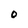
Character: O